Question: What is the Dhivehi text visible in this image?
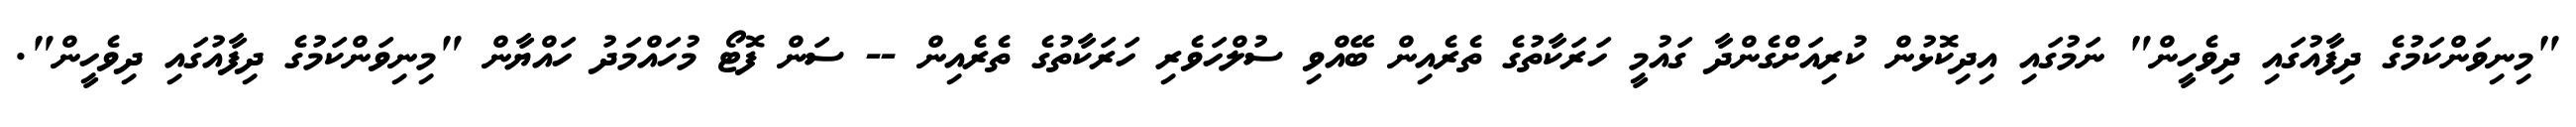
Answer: "މިނިވަންކަމުގެ ދިފާއުގައި ދިވެހީން" ނަމުގައި އިދިކޮޅުން ކުރިއަށްގެންދާ ގައުމީ ހަރަކާތުގެ ތެރެއިން ބޭއްވި ސުލްހަވެރި ހަރަކާތުގެ ތެރެއިން -- ސަން ފޮޓޯ މުހައްމަދު ހައްޔާން "މިނިވަންކަމުގެ ދިފާއުގައި ދިވެހީން".